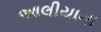
આલીયાના